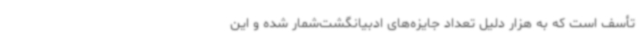
تأسف است که به هزار دلیل تعداد جایزه‌های ادبیانگشت‌شمار شده و این